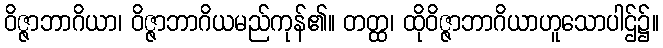
ဝိဇ္ဇာဘာဂိယာ၊ ဝိဇ္ဇာဘာဂိယမည်ကုန်၏။ တတ္ထ၊ ထိုဝိဇ္ဇာဘာဂိယာဟူသောပါဌ်၌။